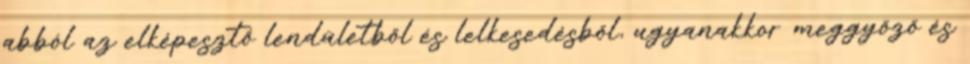
abból az elképesztő lendületből és lelkesedésből, ugyanakkor meggyőző és